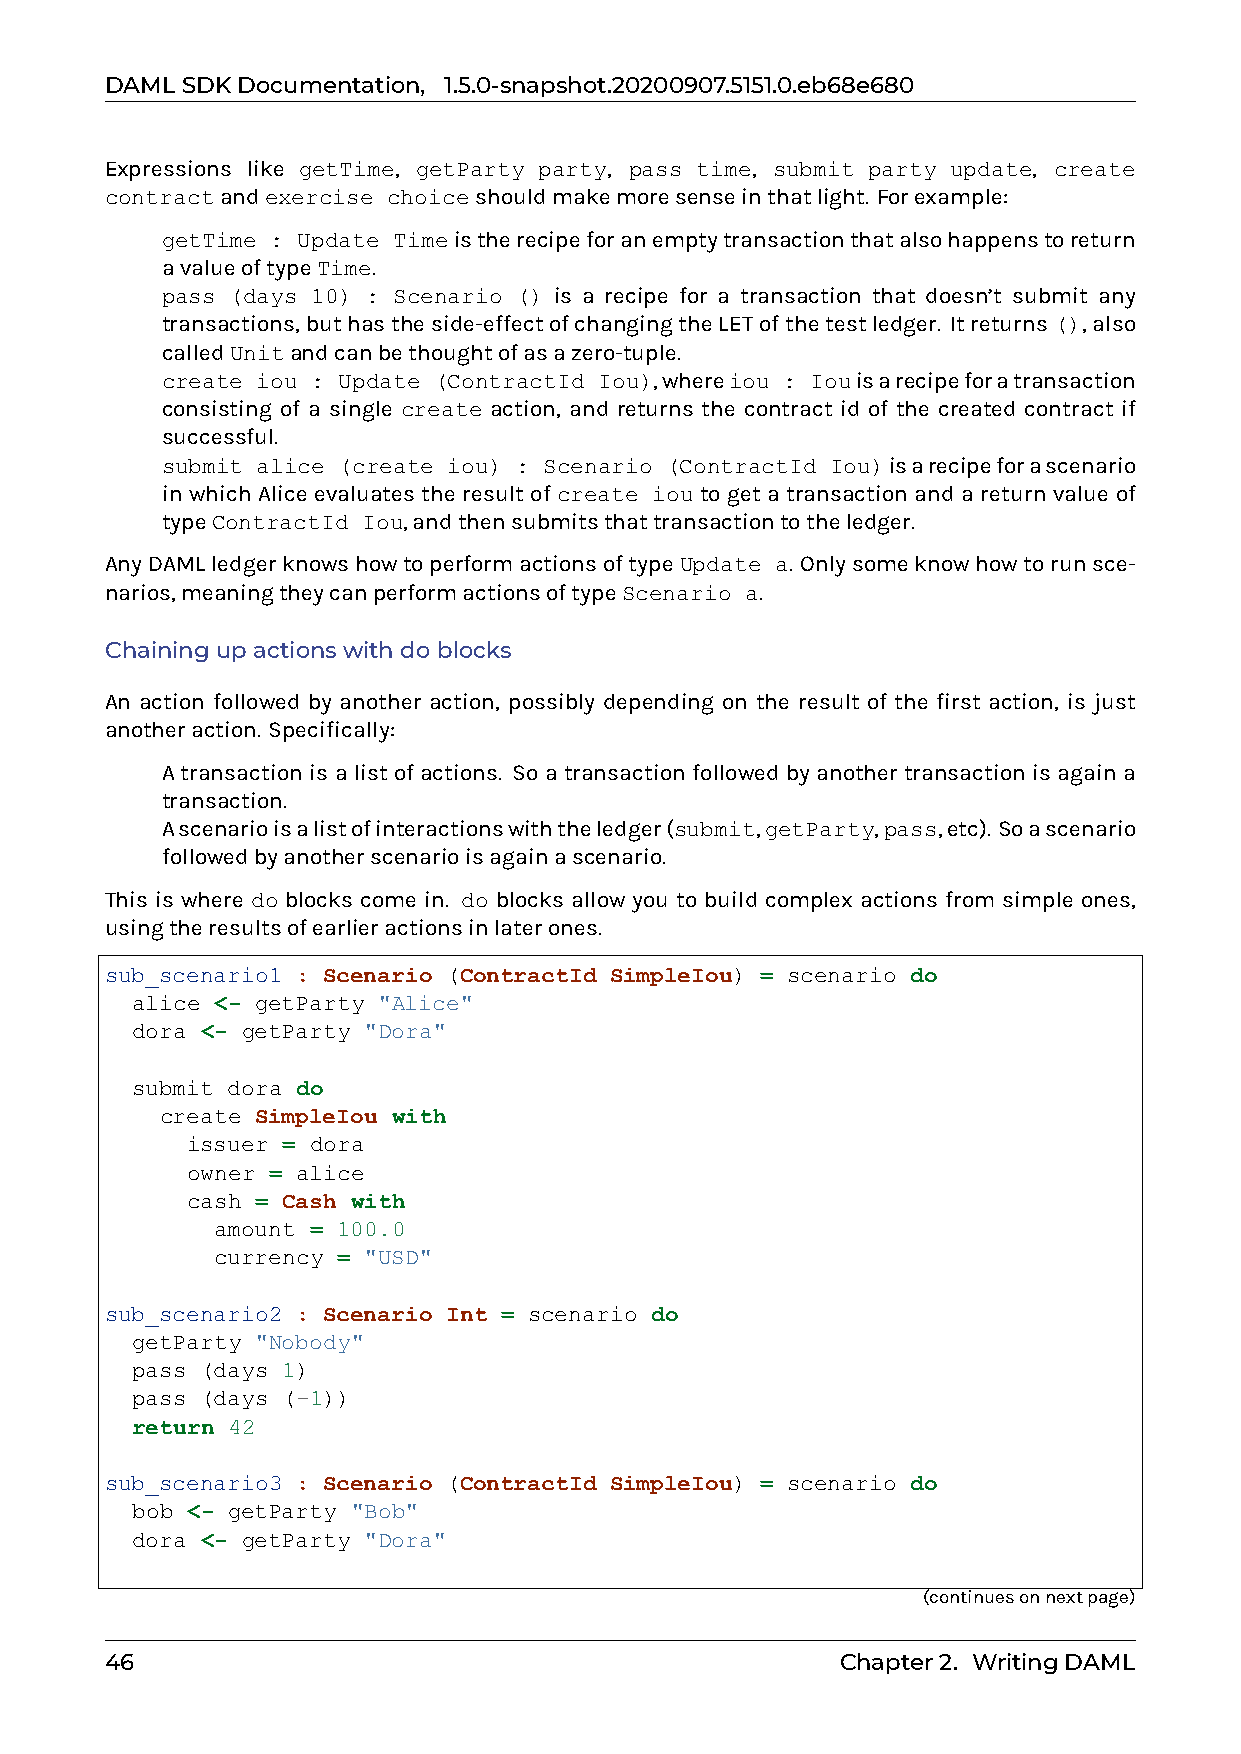
DAMLSDKDocumentation, 1.5.0-snapshot.20200907.5151.0.eb68e680
 Expressions like getTime, getParty party, pass time, submit party update, create
 contractandexercise choiceshouldmakemoresenseinthatlight. Forexample:
 0 getTime : Update Timeistherecipeforanemptytransactionthatalsohappenstoreturn
 avalueoftypeTime.
 0 pass (days 10) : Scenario () is a recipe for a transaction that doesn’t submit any
 transactions,buthastheside-effectofchangingtheLETofthetestledger. Itreturns(),also
 calledUnitandcanbethoughtofasazero-tuple.
 0 create iou : Update (ContractId Iou),whereiou : Iouisarecipeforatransaction
 consisting of a single create action, and returns the contract id of the created contract if
 successful.
 0 submit alice (create iou) : Scenario (ContractId Iou)isarecipeforascenario
 in which Alice evaluates the result of create iou to get a transaction and a return value of
 typeContractId Iou,andthensubmitsthattransactiontotheledger.
 AnyDAMLledgerknowshowtoperformactionsoftypeUpdate a. Onlysomeknowhowtorunsce-
 narios,meaningtheycanperformactionsoftypeScenario a.
 Chainingupactionswithdoblocks
 An action followed by another action, possibly depending on the result of the first action, is just
 anotheraction. Specifically:
 0 A transaction is a list of actions. So a transaction followed by another transaction is again a
 transaction.
 0 Ascenarioisalistofinteractionswiththeledger(submit,getParty,pass,etc). Soascenario
 followedbyanotherscenarioisagainascenario.
 This is where do blocks come in. do blocks allow you to build complex actions from simple ones,
 usingtheresultsofearlieractionsinlaterones.
 sub_scenario1 : Scenario (ContractId SimpleIou) = scenario do
 alice <- getParty "Alice"
 dora <- getParty "Dora"
 submit dora do
 create SimpleIou with
 issuer = dora
 owner = alice
 cash = Cash with
 amount = 100.0
 currency = "USD"
 sub_scenario2 : Scenario Int = scenario do
 getParty "Nobody"
 pass (days 1)
 pass (days (-1))
 return 42
 sub_scenario3 : Scenario (ContractId SimpleIou) = scenario do
 bob <- getParty "Bob"
 dora <- getParty "Dora"
 (continuesonnextpage)
 46                                               Chapter2. WritingDAML